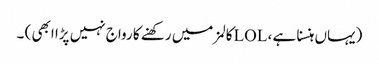
(یہاں ہنسنا ہے ، LOLکالمز میں رکھنے کا رواج نہیں پڑا ابھی ) ۔